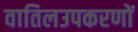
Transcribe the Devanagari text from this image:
वातिलउपकरणों